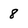
Character: 8